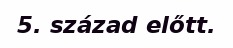
5. század előtt.